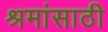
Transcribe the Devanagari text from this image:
श्रमांसाठी